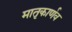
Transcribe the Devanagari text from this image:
मातृकार्णव